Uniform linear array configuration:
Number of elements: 48
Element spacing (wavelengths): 0.5
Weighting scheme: kaiser
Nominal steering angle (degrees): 0
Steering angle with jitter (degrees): -1.398
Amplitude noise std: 0.05
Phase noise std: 0.05

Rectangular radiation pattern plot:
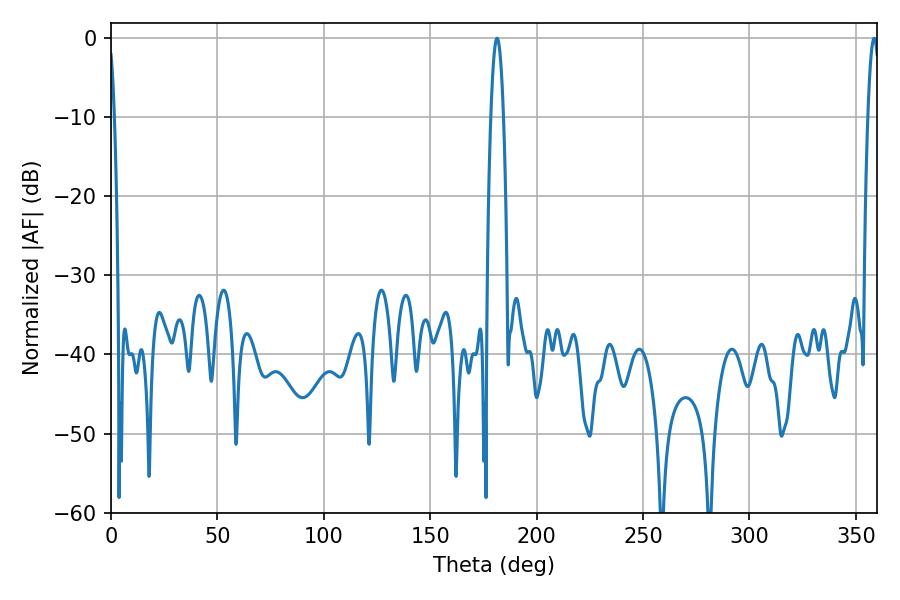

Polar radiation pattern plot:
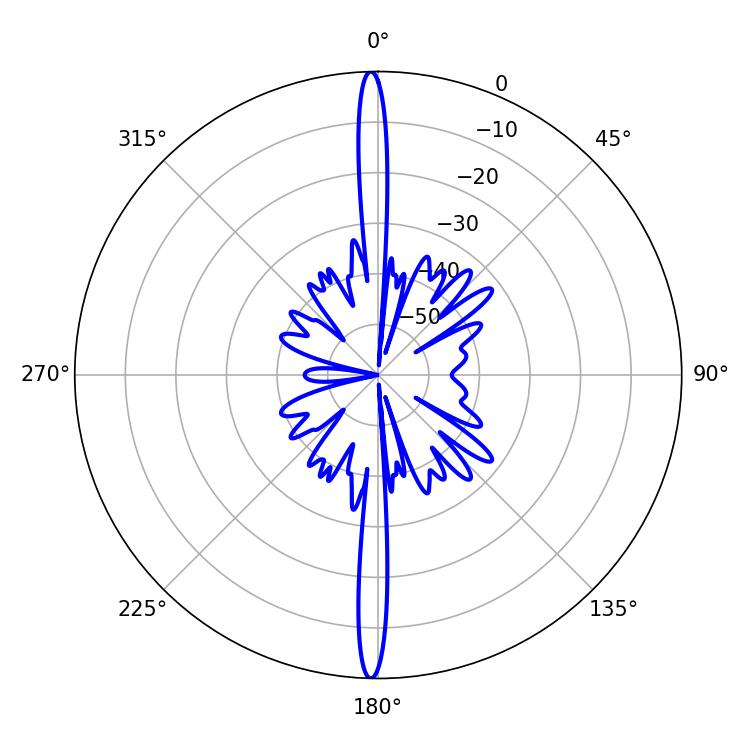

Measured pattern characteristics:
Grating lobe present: FALSE
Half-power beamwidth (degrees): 3.06
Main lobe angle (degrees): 358.56